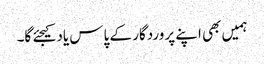
ہمیں بھی اپنے پروردگار کے پاس یاد کیجئے گا۔